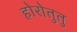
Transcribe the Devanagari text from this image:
होरोतुतु